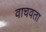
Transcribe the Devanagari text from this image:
वाचवता